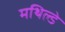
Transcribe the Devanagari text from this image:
मथिल्डे